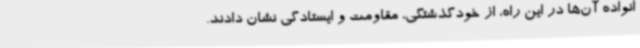
انواده آن‌ها در این راه، از خودگذشتگی، مقاومت و ایستادگی نشان دادند.